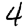
Digit: 4